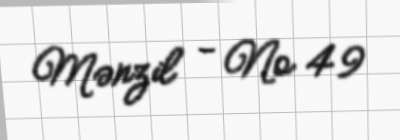
Mənzil - № 49